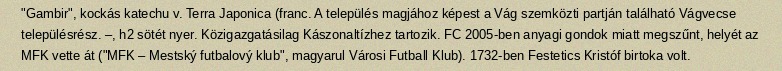
"Gambir", kockás katechu v. Terra Japonica (franc. A település magjához képest a Vág szemközti partján található Vágvecse településrész. –, h2 sötét nyer. Közigazgatásilag Kászonaltízhez tartozik. FC 2005-ben anyagi gondok miatt megszűnt, helyét az MFK vette át ("MFK – Mestský futbalový klub", magyarul Városi Futball Klub). 1732-ben Festetics Kristóf birtoka volt.